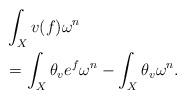
LaTeX: \begin{align*}&\int_{X}v(f)\omega^{n}\\&=\int_{X}\theta_{v}e^{f}\omega^{n}-\int_{X}\theta_{v}\omega^{n}.\end{align*}